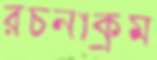
রচনাক্রম